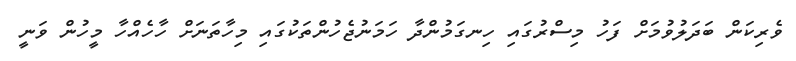
ވެރިކަން ބަދަލުވުމަށް ފަހު މިސްރުގައި ހިނގަމުންދާ ހަމަނުޖެހުންތަކުގައި މިހާތަނަށް ހާހެއްހާ މީހުން ވަނީ